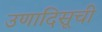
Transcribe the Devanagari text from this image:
उणादिसूची